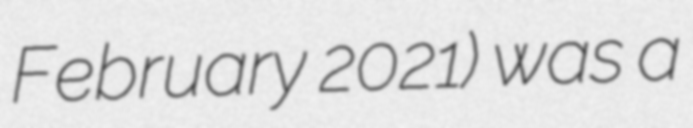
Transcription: February 2021) was a